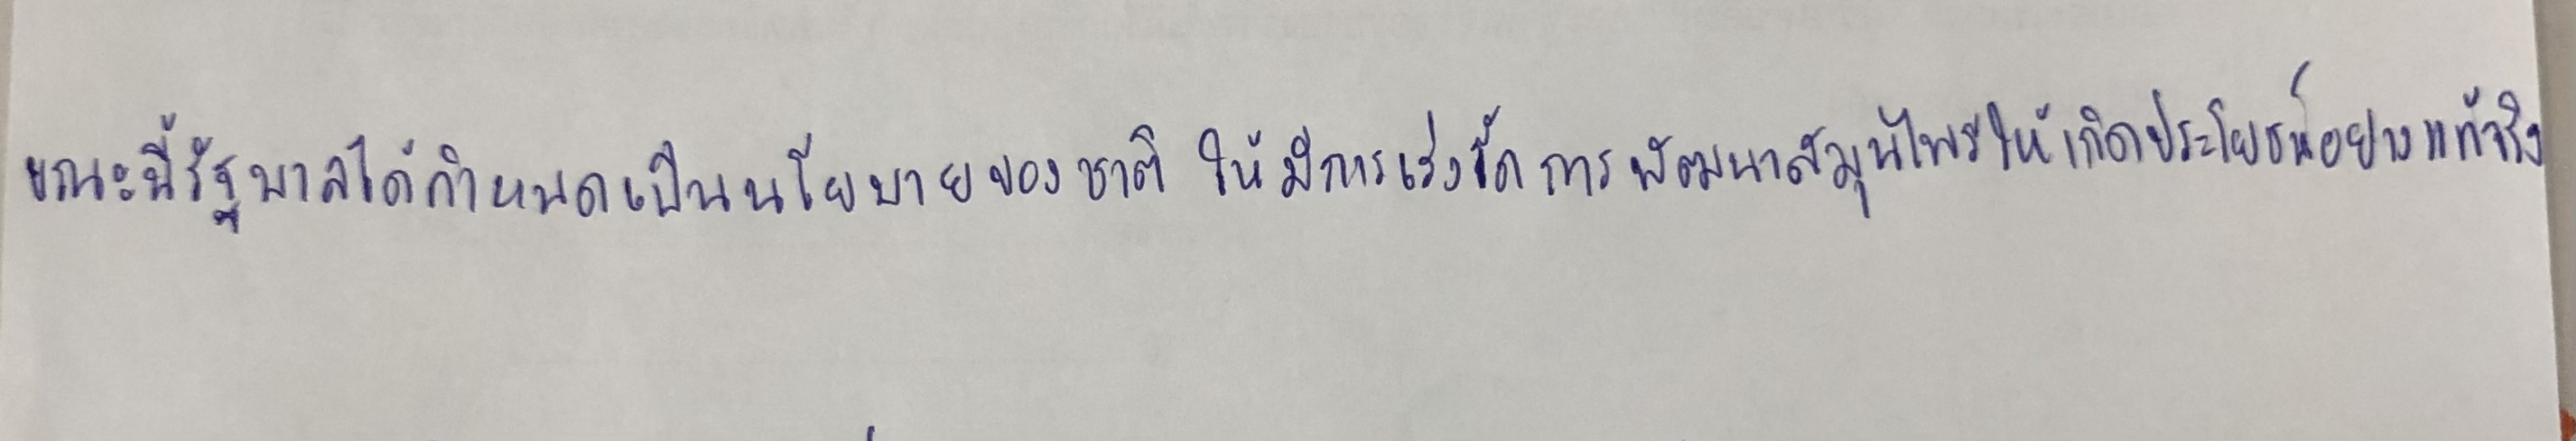
ขณะนี้รัฐบาลได้กำหนดเป็นนโยบายของชาติให้มีการเร่งรัดการพัฒนาสมุนไพรให้เกิดประโยชน์อย่างแท้จริง